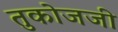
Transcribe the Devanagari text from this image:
तुकोजजी